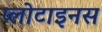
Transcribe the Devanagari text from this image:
प्लोटाइनस